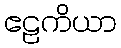
ဧဠကိယာ